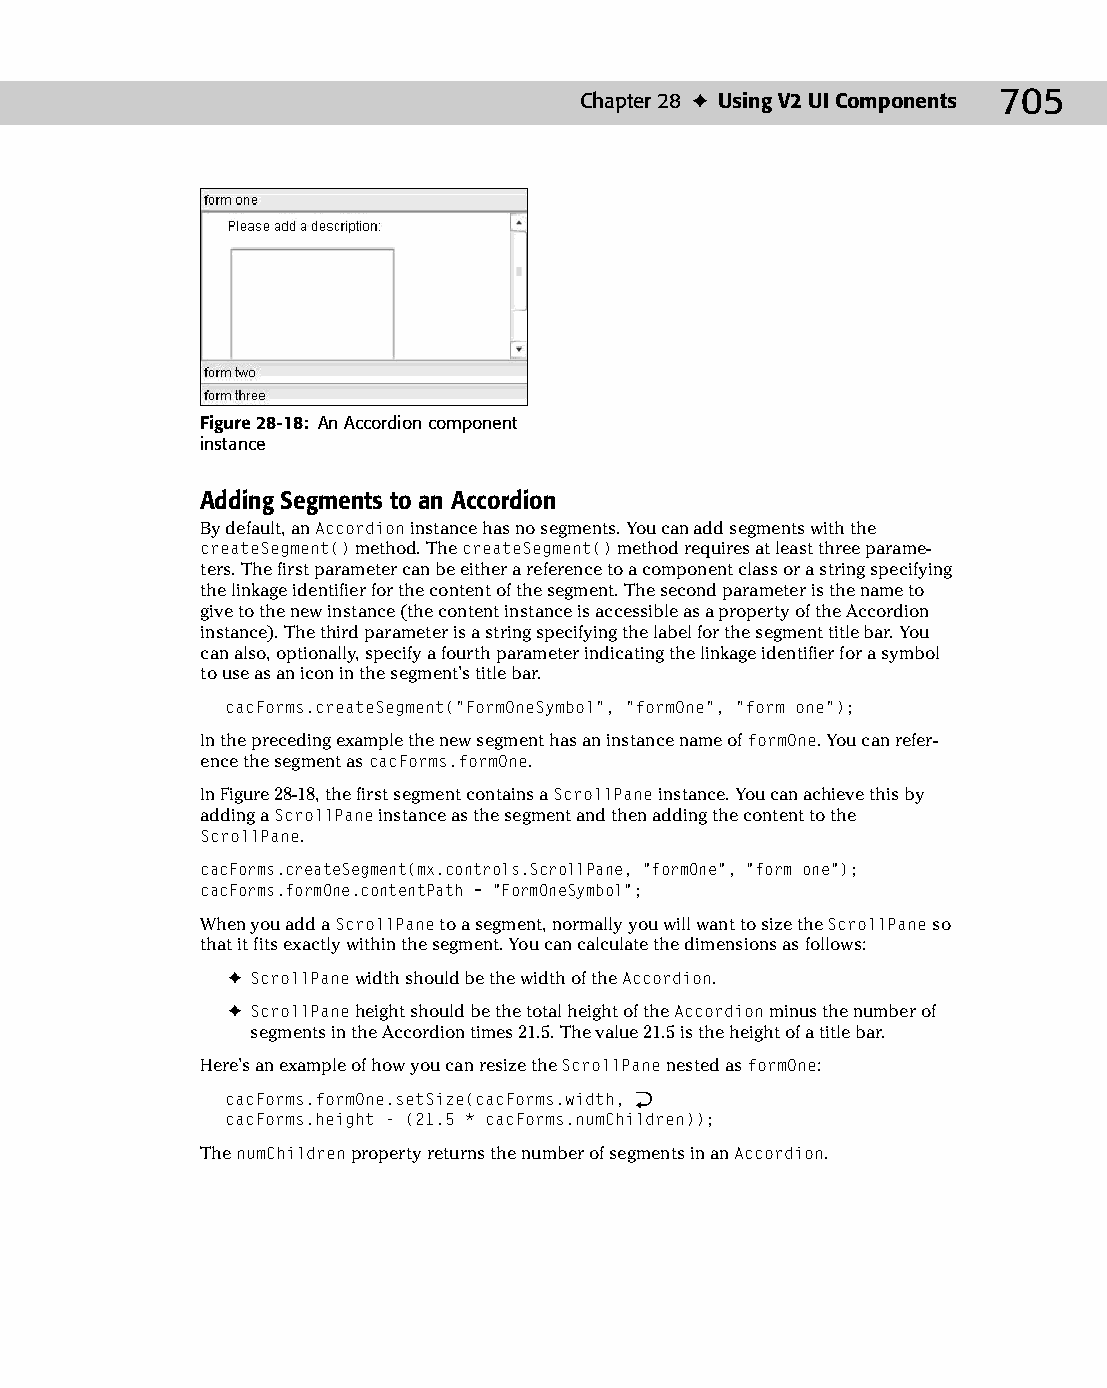
37 543547 ch28.qxd 3/24/04 4:08 PM Page 705
 Chapter 28 ✦ Using V2 UI Components 705
 Figure 28-18: An Accordion component
 instance
 Adding Segments to an Accordion
 By default, an Accordion instance has no segments. You can add segments with the
 createSegment() method. The createSegment() method requires at least three parame­
 ters. The first parameter can be either a reference to a component class or a string specifying
 the linkage identifier for the content of the segment. The second parameter is the name to
 give to the new instance (the content instance is accessible as a property of the Accordion
 instance). The third parameter is a string specifying the label for the segment title bar. You
 can also, optionally, specify a fourth parameter indicating the linkage identifier for a symbol
 to use as an icon in the segment’s title bar.
 cacForms.createSegment(“FormOneSymbol”, “formOne”, “form one”);
 In the preceding example the new segment has an instance name of formOne. You can refer­
 ence the segment as cacForms.formOne.
 In Figure 28-18, the first segment contains a ScrollPane instance. You can achieve this by
 adding a ScrollPane instance as the segment and then adding the content to the
 ScrollPane.
 cacForms.createSegment(mx.controls.ScrollPane, “formOne”, “form one”);
 cacForms.formOne.contentPath = “FormOneSymbol”;
 When you add a ScrollPane to a segment, normally you will want to size the ScrollPane so
 that it fits exactly within the segment. You can calculate the dimensions as follows:
 ✦ ScrollPane width should be the width of the Accordion.
 ✦ ScrollPane height should be the total height of the Accordion minus the number of
 segments in the Accordion times 21.5. The value 21.5 is the height of a title bar.
 Here’s an example of how you can resize the ScrollPane nested as formOne:
 cacForms.formOne.setSize(cacForms.width, Æ
 cacForms.height - (21.5 * cacForms.numChildren));
 The numChildren property returns the number of segments in an Accordion.